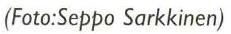
(Foto:Seppo Sarkkinen)